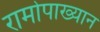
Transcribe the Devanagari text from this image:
रामोपाख्यान